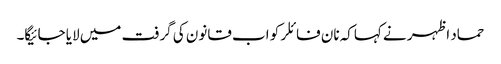
حماد اظہر نے کہاکہ نان فائلر کو اب قانون کی گرفت میں لایا جائیگا۔